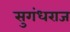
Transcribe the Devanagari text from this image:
सुगंधराज